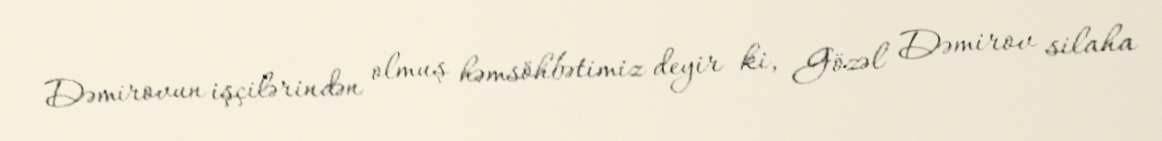
Dəmirovun işçilərindən olmuş həmsöhbətimiz deyir ki, Gözəl Dəmirov silaha